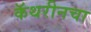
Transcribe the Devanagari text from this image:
कॅथरीनचा